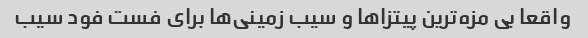
واقعا بی مزه‌ترین پیتزا‌ها و سیب زمینی‌ها برای فست فود سیب